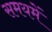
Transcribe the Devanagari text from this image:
समयमें